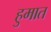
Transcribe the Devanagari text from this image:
हुमात